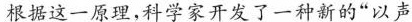
根据这一原理，科学家开发了一种新的”以声